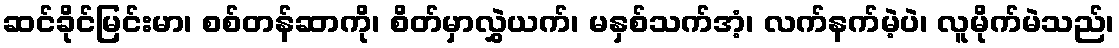
ဆင်ခိုင်မြင်းမာ၊ စစ်တန်ဆာကို၊ စိတ်မှာလွှဲယက်၊ မနှစ်သက်အံ့၊ လက်နက်မဲ့ပဲ၊ လူမိုက်မဲသည်၊